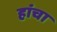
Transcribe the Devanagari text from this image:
हांचा